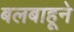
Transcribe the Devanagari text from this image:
बलबाहूने